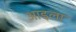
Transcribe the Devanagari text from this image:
आइला